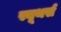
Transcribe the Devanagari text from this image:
स्मूथर्स